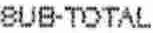
SUB-TOTAL